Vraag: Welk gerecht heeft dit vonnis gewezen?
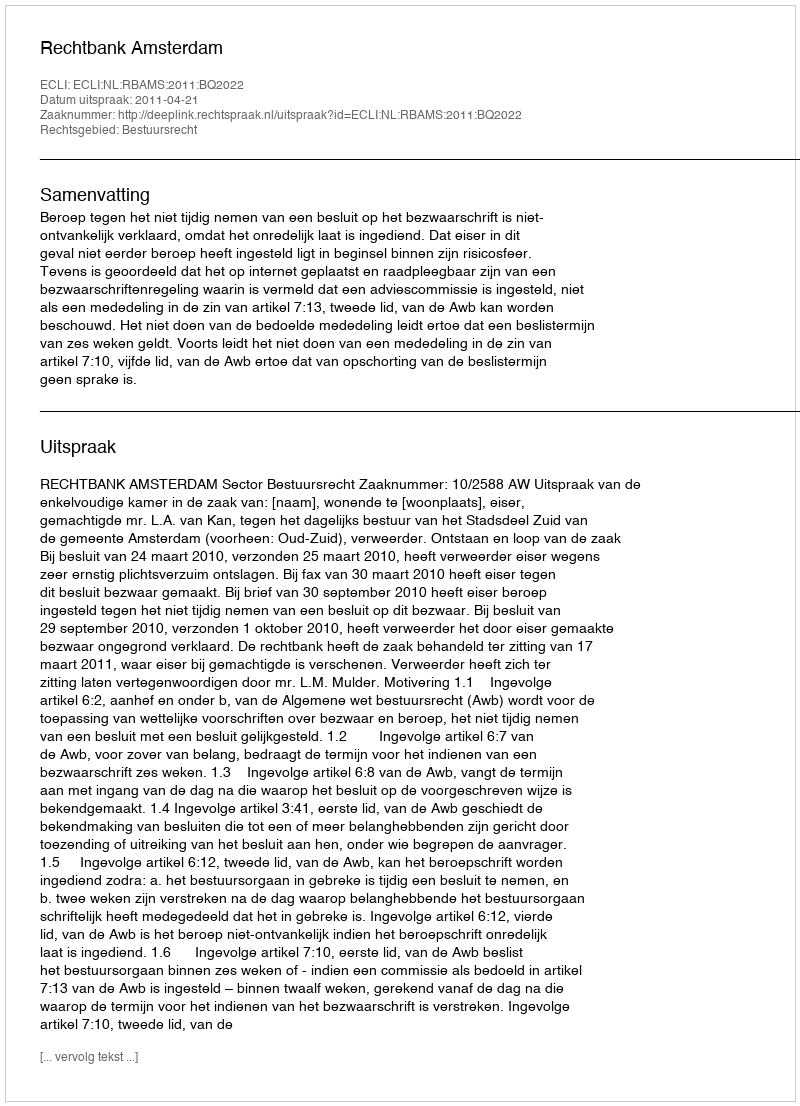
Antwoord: Rechtbank Amsterdam